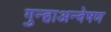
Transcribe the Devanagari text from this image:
गुन्हाअन्वेषण